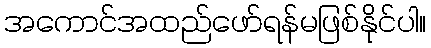
အကောင်အထည်ဖော်ရန်မဖြစ်နိုင်ပါ။